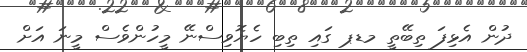
ދުން އެޅިފަ ތިބޭތީ މޑޕ ގައި ތިބި ހެޔޮވިސްނޭ މީހުންވެސް މީނަ އަށް